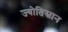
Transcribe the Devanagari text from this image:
ज्योतिस्नान